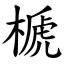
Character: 榹